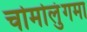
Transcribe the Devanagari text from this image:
चोमोलुंगमा